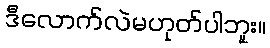
ဒီလောက်လဲမဟုတ်ပါဘူး။